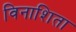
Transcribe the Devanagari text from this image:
विनाशिता